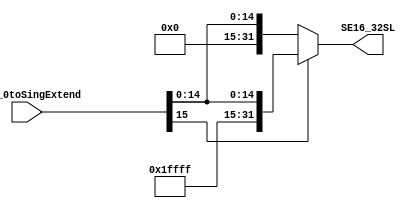
module signExtend_16x32 (
  input [15:0]  IR15_0toSingExtend,
  output reg [31:0] SE16_32SL // output reg = variable in verilog to be used in a always loops
);

  always @(*) begin  // changes every time  IR15_0toSingExtend changes
    if ( IR15_0toSingExtend[15] == 1)  // verify if the 16th bit (most significant bit) is 1 = negative
        begin
        SE16_32SL = {16'b1111111111111111,  IR15_0toSingExtend};
        end 
    else  // postive number
        begin
        SE16_32SL = {16'b0000000000000000,  IR15_0toSingExtend};
        end
  end

endmodule

// test:
//  IR15_0toSingExtend = 0000000000000001, SE16_32SL = 00000000000000000000000000000001
//  IR15_0toSingExtend = 1000000000000000, SE16_32SL = 11111111111111111000000000000000